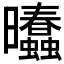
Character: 𰖾